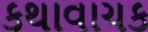
કથાવાચક